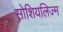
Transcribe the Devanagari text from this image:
सोशियलिज्म